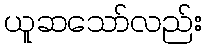
ယူဆသော်လည်း